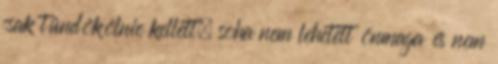
csak tündökölnie kellett, soha nem lehetett önmaga és nem